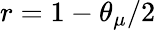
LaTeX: r=1-\theta_{\mu}/2